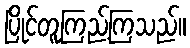
ပြိုင်တူကြည့်ကြသည်။